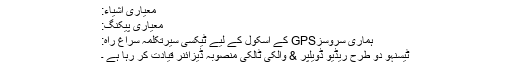
معیاری اشیاء:
معیاری پیکنگ:
ہماری سروسزGPS کے اسکول کے لیے ٹیکسی سیرتکلمہ سراغ راہ:
ٹیسنہو دو طرح ریڈیو ڈویلپر & والکی ٹالکی منصوبہ ڈیزائنر قیادت کر رہا ہے ۔